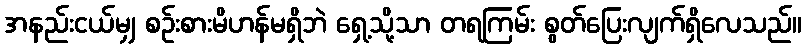
အနည်းငယ်မျှ စဉ်းစားမိဟန်မရှိဘဲ ရှေ့သို့သာ တရကြမ်း စွတ်ပြေးလျက်ရှိလေသည်။